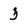
Character: 3